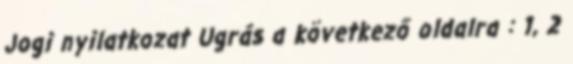
Jogi nyilatkozat Ugrás a következő oldalra : 1, 2